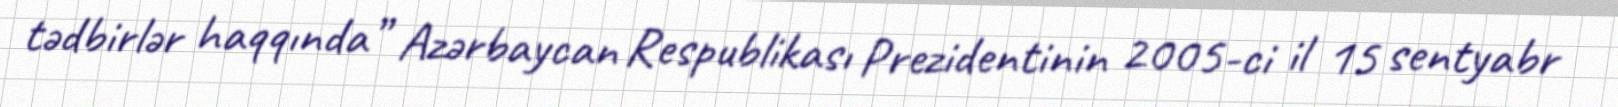
tədbirlər haqqında” Azərbaycan Respublikası Prezidentinin 2005-ci il 15 sentyabr